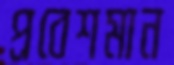
প্রবেশমান